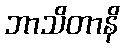
ဘာသိတာနိ